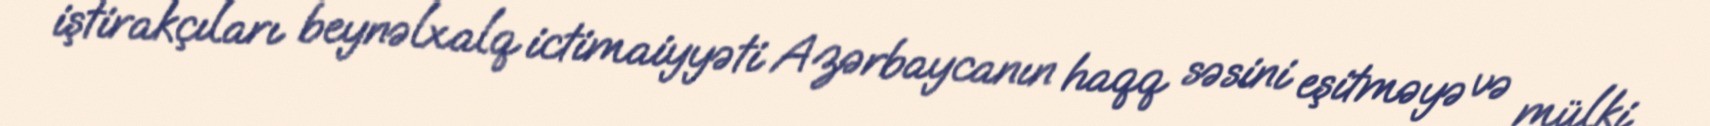
iştirakçıları beynəlxalq ictimaiyyəti Azərbaycanın haqq səsini eşitməyə və mülki